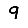
Digit: 9